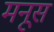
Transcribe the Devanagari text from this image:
मनूस